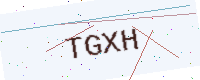
Text: TGXH